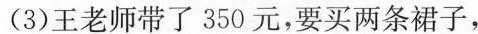
(3)王老师带了350元，要买两条裙子，